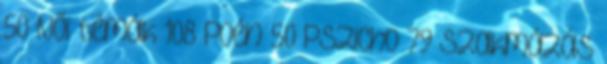
50 Női témák 108 Poén 50 Pszicho 79 Szakmázás